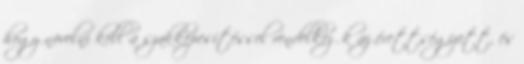
hogy növelni kell a szakképesítéssel rendelkezők az érettségizett, és